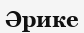
Әрике